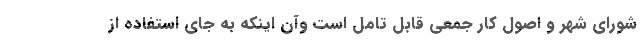
شورای شهر و اصول کار جمعی قابل تامل است وآن اینکه به جای استفاده از